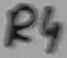
Text: R4